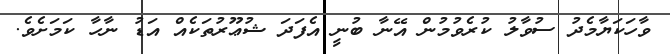
ވާހަކަޔާމެދު ސުވާލު ކުރެވުމުން އޭނާ ބުނީ އެފަދަ ޝުޢޫރުތަކެއް އަޑު ނާހާ ކަމަށެވެ.